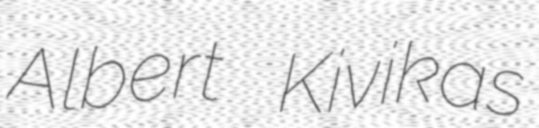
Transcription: Albert Kivikas